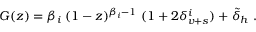
G ( z ) = \beta _ { i } \; ( 1 - z ) ^ { \beta _ { i } - 1 } \; ( 1 + 2 \delta _ { v + s } ^ { i } ) + \tilde { \delta } _ { h } \; .